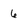
Character: 6